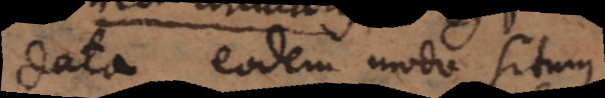
data eodem modo situm